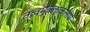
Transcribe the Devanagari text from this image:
तत्वमुक्ताकलाप